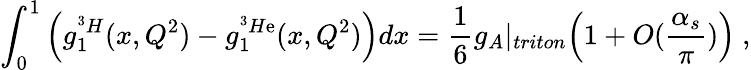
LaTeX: \int_{0}^{1}\Big(g_{1}^{^3H}(x,Q^{2})-g_{1}^{^3H\mathrm{e}}(x,Q^{2})\Big)dx=\frac{{1}}{{6}}g_{A}|_{triton}\Big(1+O(\frac{{\alpha_{s}}}{{\pi}})\Big)\ ,